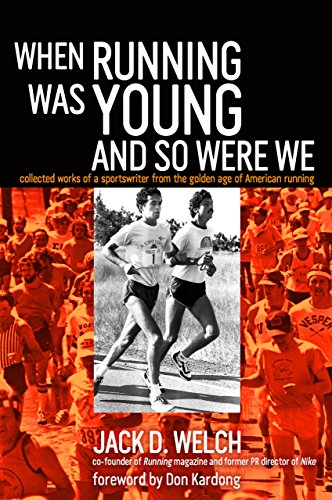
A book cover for When Running Was Young and So Were We; Jack Welch; Sports & Outdoors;